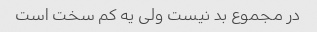
در مجموع بد نیست ولی یه کم سخت است